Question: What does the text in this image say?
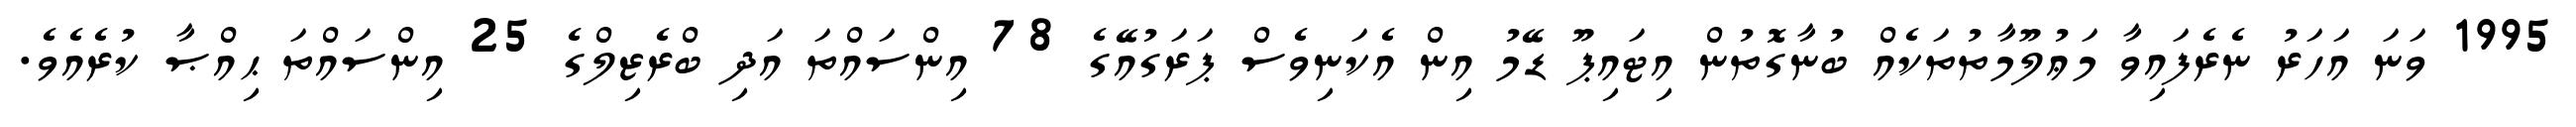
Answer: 1995 ވަނަ އަހަރު ނެރެފައިވާ މަޢުލޫމާތުތަކެއް ބުނާގޮތުން އިޓައިޕޫ ޑޭމު އިން އެކަނިވެސް ޕަރަގުއޭގެ 78 އިންސައްތަ އަދި ބްރެޒިލްގެ 25 އިންސައްތަ ޙިއްޞާ ކުރެއެވެ.